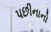
પછીનાનો